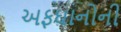
અફઘાનોની